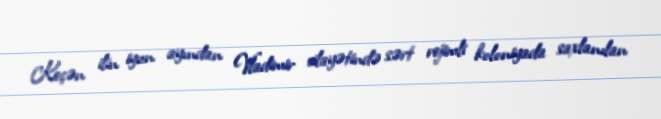
Keçən ilin iyun ayından Vladimir vilayətində sərt rejimli koloniyada saxlanılan